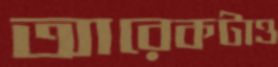
আরেকটাও